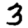
Digit: 3